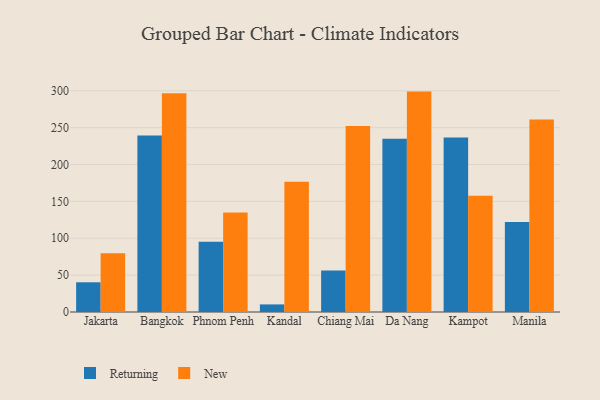
{"axis": {"x": "City", "y": "Humidity (%)"}, "legend": ["New", "Returning"], "data": [{"x": "Jakarta", "y": 40.3, "type": "Returning"}, {"x": "Jakarta", "y": 79.7, "type": "New"}, {"x": "Bangkok", "y": 239.3, "type": "Returning"}, {"x": "Bangkok", "y": 296.8, "type": "New"}, {"x": "Phnom Penh", "y": 95.3, "type": "Returning"}, {"x": "Phnom Penh", "y": 134.8, "type": "New"}, {"x": "Kandal", "y": 10.3, "type": "Returning"}, {"x": "Kandal", "y": 176.5, "type": "New"}, {"x": "Chiang Mai", "y": 56.3, "type": "Returning"}, {"x": "Chiang Mai", "y": 252.3, "type": "New"}, {"x": "Da Nang", "y": 235.1, "type": "Returning"}, {"x": "Da Nang", "y": 298.9, "type": "New"}, {"x": "Kampot", "y": 236.5, "type": "Returning"}, {"x": "Kampot", "y": 157.6, "type": "New"}, {"x": "Manila", "y": 122.1, "type": "Returning"}, {"x": "Manila", "y": 261.1, "type": "New"}]}